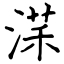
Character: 㴕